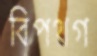
বিপথগ